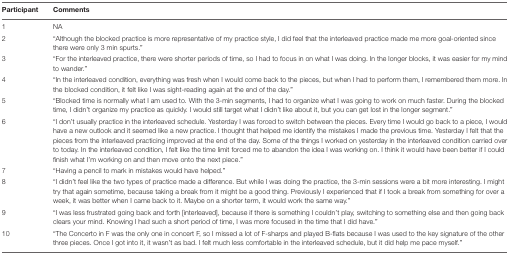
<table><thead><tr><td><b>Participant</b></td><td><b>Comments</b></td></tr></thead><tbody><tr><td>1</td><td>NA</td></tr><tr><td>2</td><td>“Although the blocked practice is more representative of my practice style, I did feel that the interleaved practice made me more goal-oriented since there were only 3 min spurts.”</td></tr><tr><td>3</td><td>“For the interleaved practice, there were shorter periods of time, so I had to focus in on what I was doing. In the longer blocks, it was easier for my mind to wander.”</td></tr><tr><td>4</td><td>“In the interleaved condition, everything was fresh when I would come back to the pieces, but when I had to perform them, I remembered them more. In the blocked condition, it felt like I was sight-reading again at the end of the day.”</td></tr><tr><td>5</td><td>“Blocked time is normally what I am used to. With the 3-min segments, I had to organize what I was going to work on much faster. During the blocked time, I didn’t organize my practice as quickly. I would still target what I didn’t like about it, but you can get lost in the longer segment.”</td></tr><tr><td>6</td><td>“I don’t usually practice in the interleaved schedule. Yesterday I was forced to switch between the pieces. Every time I would go back to a piece, I would have a new outlook and it seemed like a new practice. I thought that helped me identify the mistakes I made the previous time. Yesterday I felt that the pieces from the interleaved practicing improved at the end of the day. Some of the things I worked on yesterday in the interleaved condition carried over to today. In the interleaved condition, I felt like the time limit forced me to abandon the idea I was working on. I think it would have been better if I could finish what I’m working on and then move onto the next piece.”</td></tr><tr><td>7</td><td>“Having a pencil to mark in mistakes would have helped.”</td></tr><tr><td>8</td><td>“I didn’t feel like the two types of practice made a difference. But while I was doing the practice, the 3-min sessions were a bit more interesting. I might try that again sometime, because taking a break from it might be a good thing. Previously I experienced that if I took a break from something for over a week, it was better when I came back to it. Maybe on a shorter term, it would work the same way.”</td></tr><tr><td>9</td><td>“I was less frustrated going back and forth [interleaved], because if there is something I couldn’t play, switching to something else and then going back clears your mind. Knowing I had such a short period of time, I was more focused in the time that I did have.”</td></tr><tr><td>10</td><td>“The Concerto in F was the only one in concert F, so I missed a lot of F-sharps and played B-flats because I was used to the key signature of the other three pieces. Once I got into it, it wasn’t as bad. I felt much less comfortable in the interleaved schedule, but it did help me pace myself.”</td></tr></tbody></table>